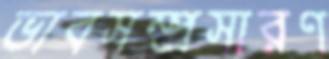
ভাবসম্প্রসারণ